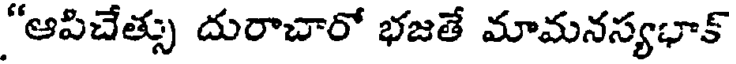
"ఆపిచేత్సు దురాచారో భజతే మామనస్యభాక్